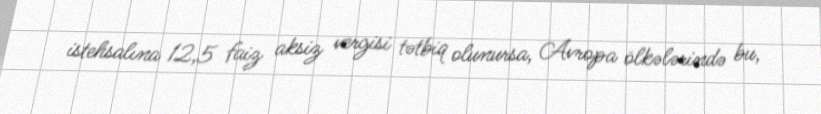
istehsalına 12,5 faiz aksiz vergisi tətbiq olunursa, Avropa ölkələrində bu,